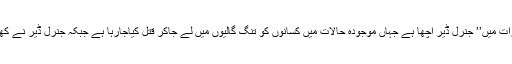
کسی کانام لئے بغیر پٹیل نے پرزور انداز میں کہاکہ گجرات میں’’ جنرل ڈیر اچھا ہے جہاں موجودہ حالات میں کسانوں کو تنگ گالیوں میں لے جاکر قتل کیاجارہا ہے جبکہ جنرل ڈیر نے کھلے میدان میں 14لوگوں کو گولی سے چھننی کردیا تھا‘‘۔